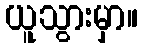
ယူသွားမှာ။